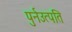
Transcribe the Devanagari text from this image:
पुर्नउत्पति